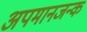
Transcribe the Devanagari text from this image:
अपमानजन्क